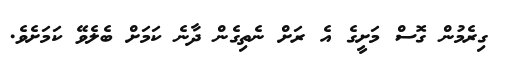
ގިރެމުން ގޮސް މަށީގެ އެ ރަށް ނެތިގެން ދާނެ ކަމަށް ބެލެވޭ ކަމަށެވެ.